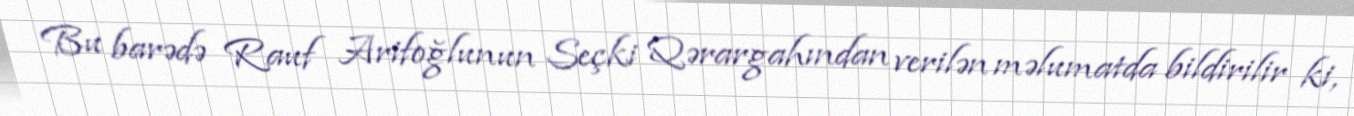
Bu barədə Rauf Arifoğlunun Seçki Qərargahından verilən məlumatda bildirilir ki,